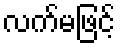
လက်မဖြင့်